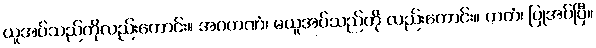
ယူအပ်သည်ကိုလည်းကောင်း။ အဂဟဏံ၊ မယူအပ်သည်ကို လည်းကောင်း။ ကတံ၊ ပြုအပ်ပြီ။